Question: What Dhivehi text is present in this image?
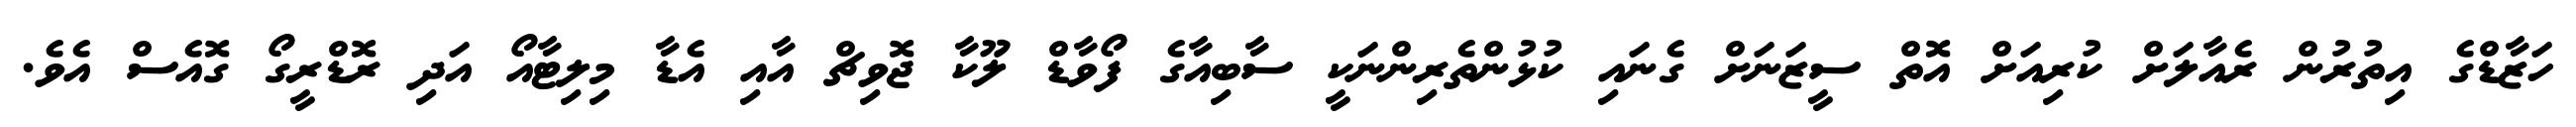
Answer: ހަޒާޑްގެ އިތުރުން ރެއާލަށް ކުރިއަށް އޮތް ސީޒަނަށް ގެނައި ކުޅުންތެރިންނަކީ ސާބިއާގެ ފޯވާޑް ލޫކާ ޖޮވިޗް އާއި އެޑާ މިލިޓާއޯ އަދި ރޮޑްރީގޯ ގޮއެސް އެވެ.